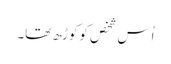
اُس شخص کو کوڑھ تھا۔